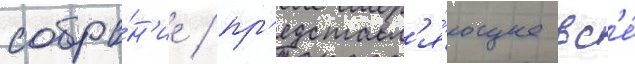
собра́н'ие / пр'едставл'я́ющее вс'е́